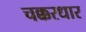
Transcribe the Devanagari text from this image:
चक्करधार